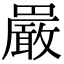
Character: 𫝝